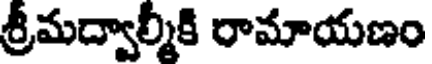
శ్రీమద్వాల్మీకి రామాయణం